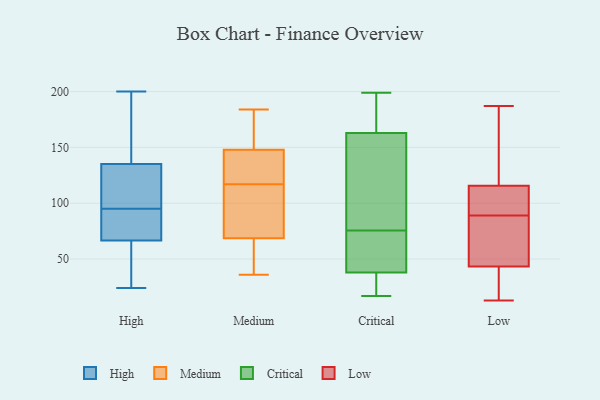
{"axis": {"x": "Temperature (°C)", "y": "Value"}, "legend": ["Critical", "High", "Low", "Medium"], "data": [{"x": "", "y": 66, "type": "High"}, {"x": "", "y": 60, "type": "High"}, {"x": "", "y": 67, "type": "High"}, {"x": "", "y": 74, "type": "High"}, {"x": "", "y": 24, "type": "High"}, {"x": "", "y": 135, "type": "High"}, {"x": "", "y": 140, "type": "High"}, {"x": "", "y": 108, "type": "High"}, {"x": "", "y": 71, "type": "High"}, {"x": "", "y": 100, "type": "High"}, {"x": "", "y": 136, "type": "High"}, {"x": "", "y": 200, "type": "High"}, {"x": "", "y": 95, "type": "High"}, {"x": "", "y": 162, "type": "Medium"}, {"x": "", "y": 91, "type": "Medium"}, {"x": "", "y": 140, "type": "Medium"}, {"x": "", "y": 117, "type": "Medium"}, {"x": "", "y": 36, "type": "Medium"}, {"x": "", "y": 71, "type": "Medium"}, {"x": "", "y": 58, "type": "Medium"}, {"x": "", "y": 63, "type": "Medium"}, {"x": "", "y": 135, "type": "Medium"}, {"x": "", "y": 184, "type": "Medium"}, {"x": "", "y": 142, "type": "Medium"}, {"x": "", "y": 123, "type": "Medium"}, {"x": "", "y": 68, "type": "Medium"}, {"x": "", "y": 82, "type": "Medium"}, {"x": "", "y": 181, "type": "Medium"}, {"x": "", "y": 150, "type": "Medium"}, {"x": "", "y": 56, "type": "Medium"}, {"x": "", "y": 158, "type": "Medium"}, {"x": "", "y": 94, "type": "Medium"}, {"x": "", "y": 21, "type": "Critical"}, {"x": "", "y": 37, "type": "Critical"}, {"x": "", "y": 24, "type": "Critical"}, {"x": "", "y": 46, "type": "Critical"}, {"x": "", "y": 163, "type": "Critical"}, {"x": "", "y": 199, "type": "Critical"}, {"x": "", "y": 143, "type": "Critical"}, {"x": "", "y": 57, "type": "Critical"}, {"x": "", "y": 134, "type": "Critical"}, {"x": "", "y": 42, "type": "Critical"}, {"x": "", "y": 17, "type": "Critical"}, {"x": "", "y": 38, "type": "Critical"}, {"x": "", "y": 43, "type": "Critical"}, {"x": "", "y": 165, "type": "Critical"}, {"x": "", "y": 186, "type": "Critical"}, {"x": "", "y": 135, "type": "Critical"}, {"x": "", "y": 94, "type": "Critical"}, {"x": "", "y": 190, "type": "Critical"}, {"x": "", "y": 26, "type": "Low"}, {"x": "", "y": 50, "type": "Low"}, {"x": "", "y": 89, "type": "Low"}, {"x": "", "y": 144, "type": "Low"}, {"x": "", "y": 49, "type": "Low"}, {"x": "", "y": 187, "type": "Low"}, {"x": "", "y": 14, "type": "Low"}, {"x": "", "y": 99, "type": "Low"}, {"x": "", "y": 61, "type": "Low"}, {"x": "", "y": 13, "type": "Low"}, {"x": "", "y": 107, "type": "Low"}, {"x": "", "y": 142, "type": "Low"}, {"x": "", "y": 92, "type": "Low"}]}